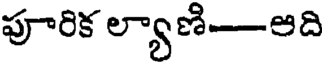
పూరిక ల్యాణి-ఆది